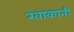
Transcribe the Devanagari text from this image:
खाकानी